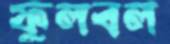
ফুলবল